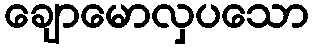
ချောမောလှပသော